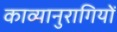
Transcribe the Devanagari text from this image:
काव्यानुरागियों